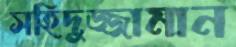
সহিদুজ্জামান